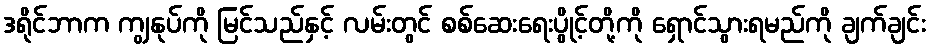
ဒရိုင်ဘာက ကျွနုပ်ကို မြင်သည်နှင့် လမ်းတွင် စစ်ဆေးရေးပွိုင့်တို့ကို ရှောင်သွားရမည်ကို ချက်ချင်း